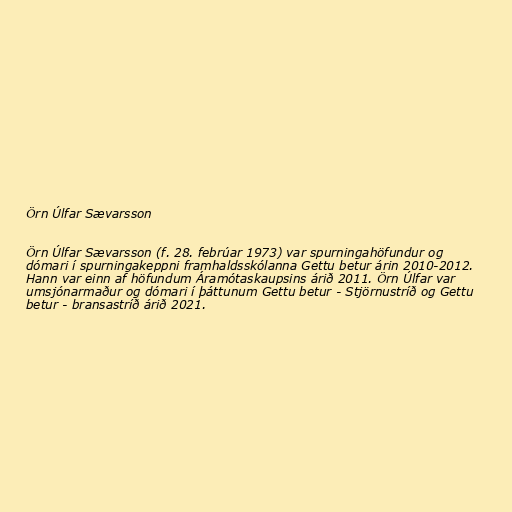
Örn Úlfar Sævarsson

Örn Úlfar Sævarsson (f. 28. febrúar 1973) var spurningahöfundur og
dómari í spurningakeppni framhaldsskólanna Gettu betur árin 2010-2012.
Hann var einn af höfundum Áramótaskaupsins árið 2011. Örn Úlfar var
umsjónarmaður og dómari í þáttunum Gettu betur - Stjörnustríð og Gettu
betur - bransastríð árið 2021.